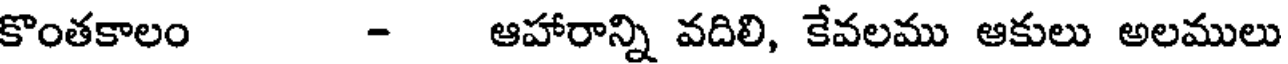
కొంతకాలం - ఆహారాన్ని వదిలి, కేవలము ఆకులు అలములు